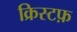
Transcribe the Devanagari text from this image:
क्रिस्टफ़